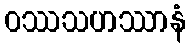
ဝဿသဟဿာနံ